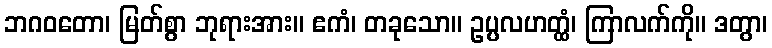
ဘဂဝတော၊ မြတ်စွာ ဘုရားအား။ ဧကံ၊ တခုသော။ ဥပ္ပလဟတ္ထံ၊ ကြာလက်ကို။ ဒတွာ၊